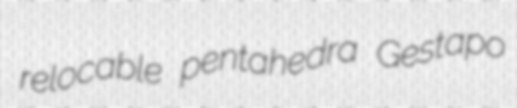
relocable pentahedra Gestapo